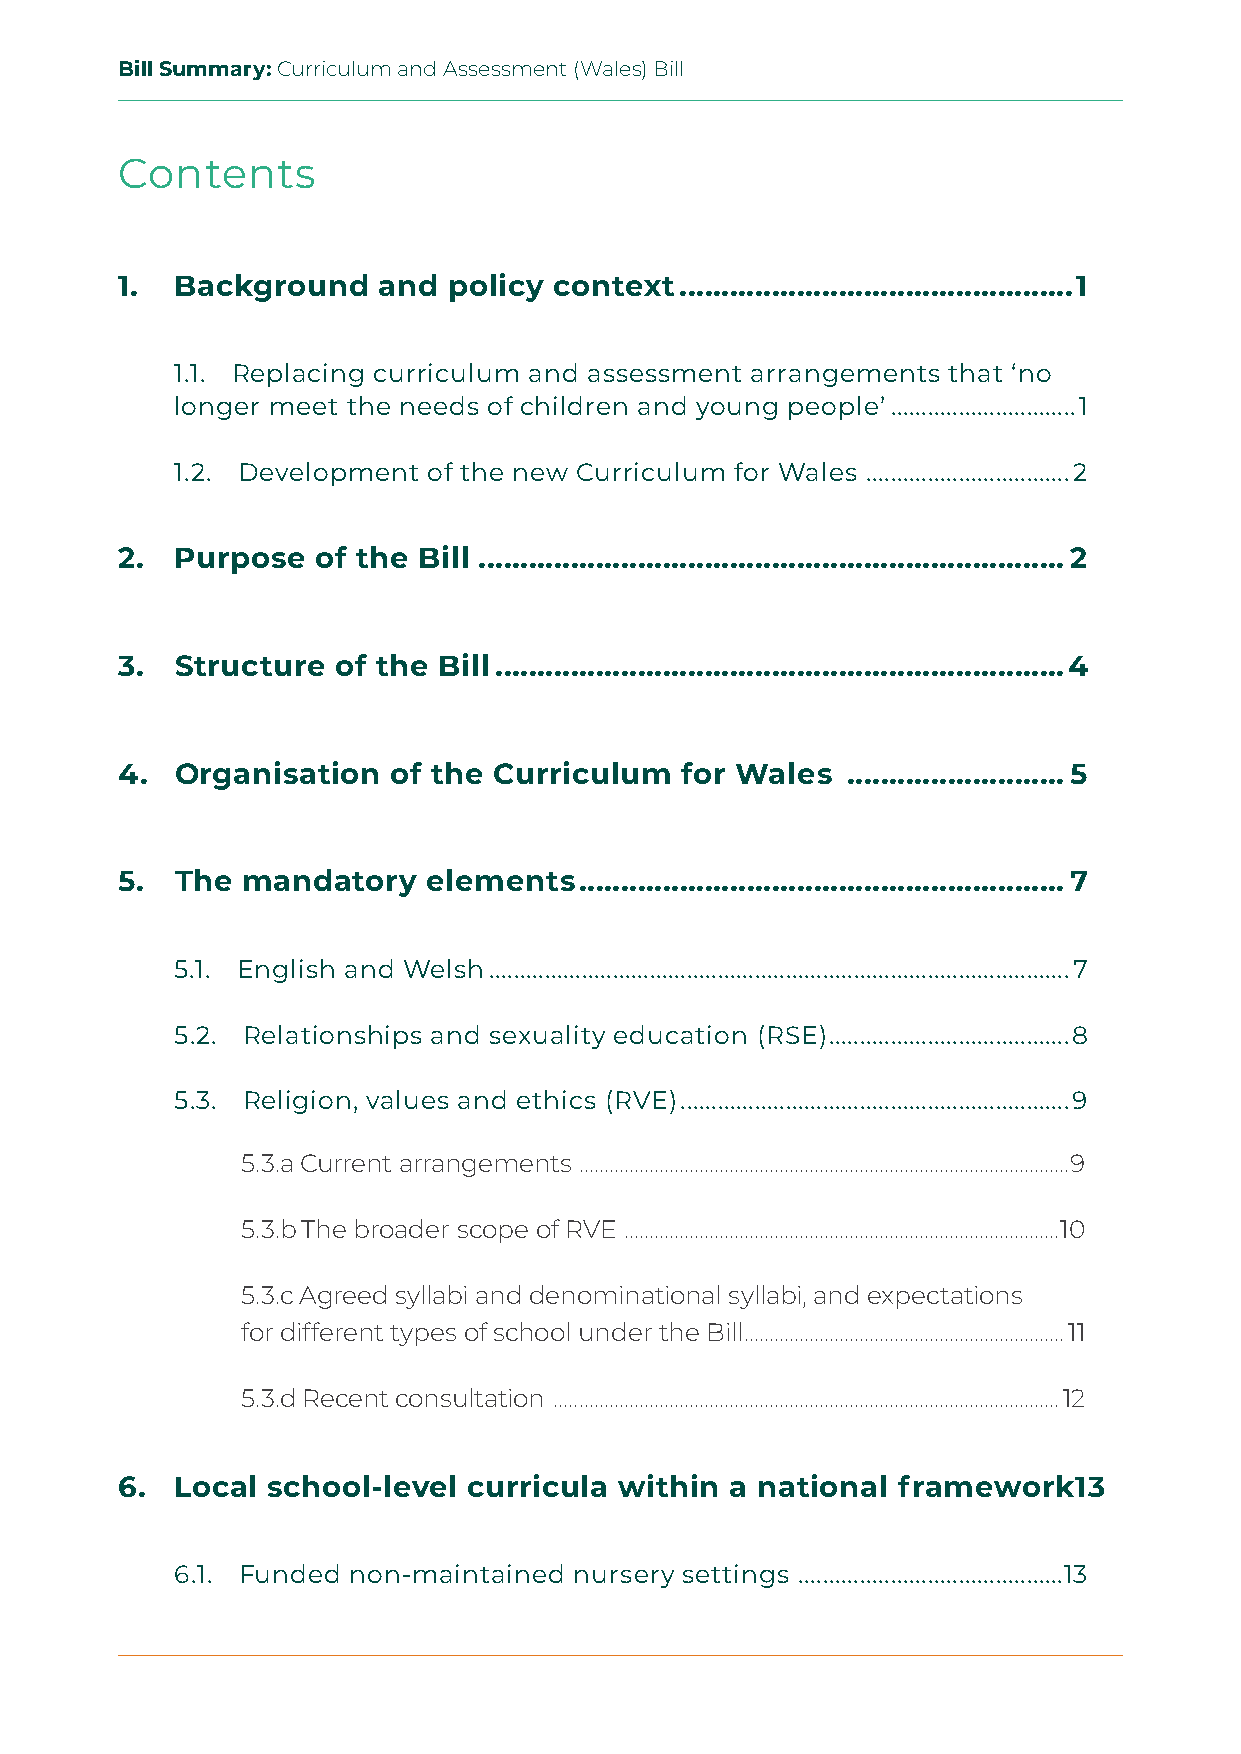
Bill Summary: Curriculum and Assessment (Wales) Bill
 Contents
 1.  Background   and  policy context ...............................................1
 1.1. Replacing curriculum and assessment arrangements that ‘no
 longer meet the needs of children and young people’ ..............................1
 1.2. Development of the new Curriculum for Wales .................................2
 2.  Purpose  of the Bill ...................................................................... 2
 3.  Structure of the Bill ....................................................................4
 4.  Organisation  of the Curriculum  for Wales  .......................... 5
 5.  The mandatory   elements  .......................................................... 7
 5.1. English and Welsh ..............................................................................................7
 5.2. Relationships and sexuality education (RSE) .......................................8
 5.3. Religion, values and ethics (RVE) ...............................................................9
 5.3.a Current arrangements ..................................................................................................9
 5.3.b The broader scope of RVE .......................................................................................10
 5.3.c Agreed syllabi and denominational syllabi, and expectations
 for different types of school under the Bill ................................................................11
 5.3.d Recent consultation .....................................................................................................12
 6.  Local school-level curricula within a national framework1   3
 6.1. Funded non-maintained nursery settings . ..........................................13